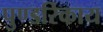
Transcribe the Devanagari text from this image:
पुण्डरिकाय